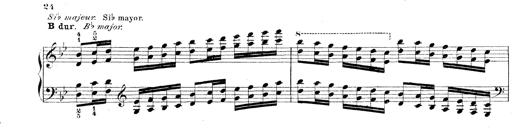
Title: Technische Studien
Composer: Franz Liszt